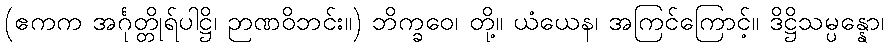
(ဧကက အင်္ဂုတ္တိုရ်ပါဋ္ဌိ၊ ဉာဏဝိဘင်း။) ဘိက္ခဝေ၊ တို့။ ယံယေန၊ အကြင်ကြောင့်။ ဒိဋ္ဌိသမ္ပန္နော၊